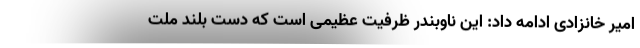
امیر خانزادی ادامه داد: این ناوبندر ظرفیت عظیمی است که دست بلند ملت